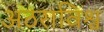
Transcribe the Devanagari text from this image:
अठराविश्व